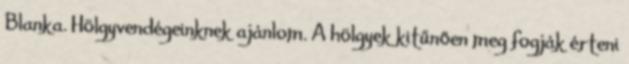
Blanka. Hölgyvendégeinknek ajánlom. A hölgyek kitűnően meg fogják érteni